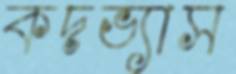
কদভ্যাস